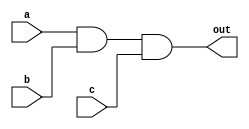
module and1x3_1 (/*AUTOARG*/
   // Outputs
   out,
   // Inputs
   a, b, c
   ) ;
   input a, b, c;
   output out;
   wire   o0;

   and ad0(o0, a, b);
   and ad1(out, o0, c);

endmodule // and1x3_1